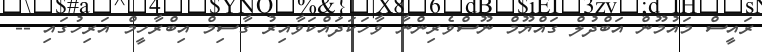
ރައީސް މައުމޫން އަބްދުލް ގައްޔޫމް ނޫސްވެރިންނާ ވާހަކަދައްކަވާއިރު ގާސިމް އިބްރާހީމް އަރިހުގައި --